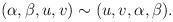
\begin{align*}(\alpha,\beta,u,v)\sim(u,v,\alpha,\beta).\end{align*}